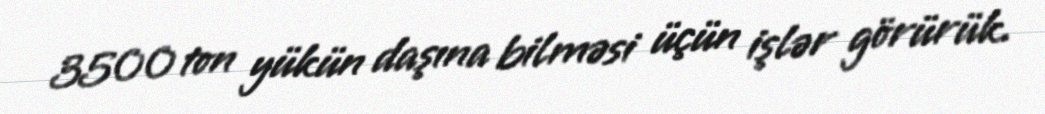
3500 ton yükün daşına bilməsi üçün işlər görürük.